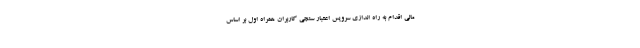
مالی اقدام به راه اندازی سرویس اعتبار سنجی کاربران همراه اول بر اساس